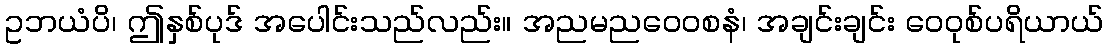
ဥဘယံပိ၊ ဤနှစ်ပုဒ် အပေါင်းသည်လည်း။ အညမညဝေဝစနံ၊ အချင်းချင်း ဝေဝုစ်ပရိယာယ်